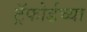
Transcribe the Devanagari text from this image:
ट्रॅफोर्डच्या